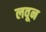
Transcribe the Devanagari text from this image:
लवून